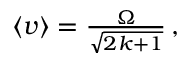
\begin{array} { r } { \left\langle v \right\rangle = \frac { \Omega } { \sqrt { 2 k + 1 } } \, , } \end{array}